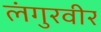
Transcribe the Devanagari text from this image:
लंगुरवीर